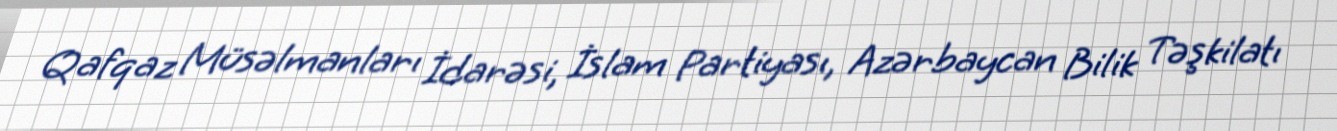
Qafqaz Müsəlmanları İdarəsi, İslam Partiyası, Azərbaycan Bilik Təşkilatı